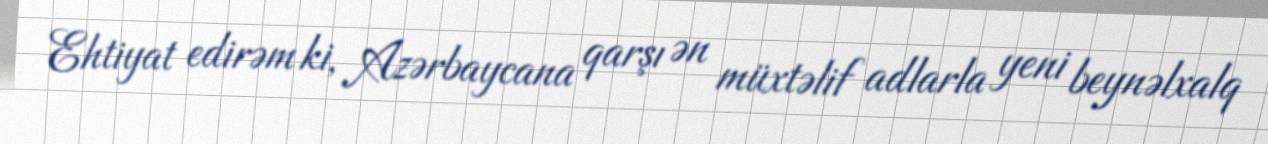
Ehtiyat edirəm ki, Azərbaycana qarşı ən müxtəlif adlarla yeni beynəlxalq